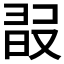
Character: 𣆸